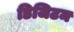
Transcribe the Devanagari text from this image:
डिजिटम